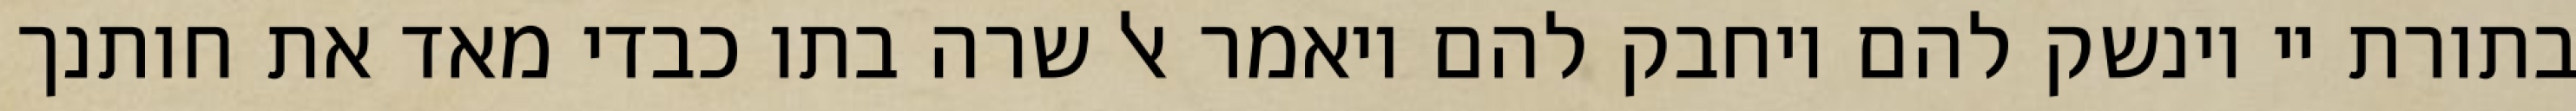
בתורת יי וינשק להם ויחבק להם ויאמר אל שרה בתו כבדי מאד את חותנך